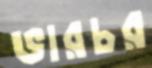
ভারচর